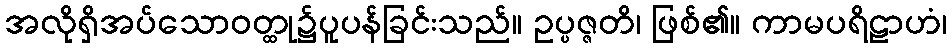
အလိုရှိအပ်သောဝတ္ထု၌ပူပန်ခြင်းသည်။ ဥပ္ပဇ္ဇတိ၊ ဖြစ်၏။ ကာမပရိဠာဟံ၊